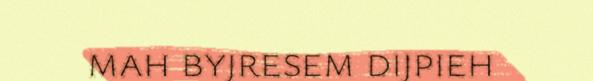
mah byjresem dijpieh